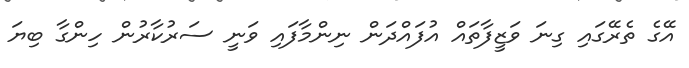
އޭގެ ތެރޭގައި ގިނަ ވަޒީފާތައް އުފައްދަން ނިންމާފައި ވަނީ ސަރުކާރުން ހިންގާ ބިޔަ